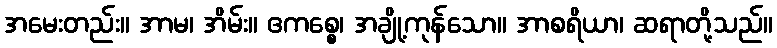
အမေးတည်း။ အာမ၊ အိမ်း။ ဧကစ္စေ၊ အချို့ကုန်သော။ အာစရိယာ၊ ဆရာတို့သည်။